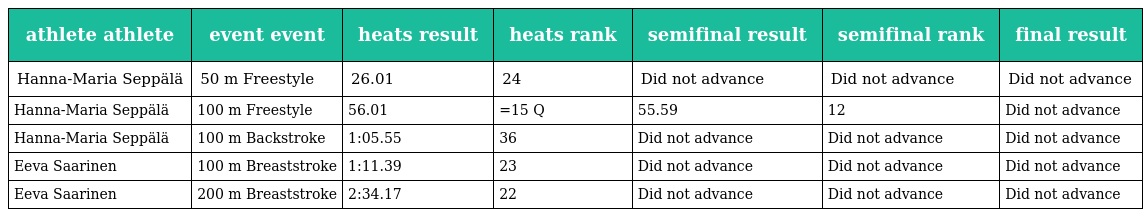
| athlete athlete | event event | heats result | heats rank | semifinal result | semifinal rank | final result |
 | --- | --- | --- | --- | --- | --- | --- |
 | Hanna-Maria Seppälä | 50 m Freestyle | 26.01 | 24 | Did not advance | Did not advance | Did not advance |
 | Hanna-Maria Seppälä | 100 m Freestyle | 56.01 | =15 Q | 55.59 | 12 | Did not advance |
 | Hanna-Maria Seppälä | 100 m Backstroke | 1:05.55 | 36 | Did not advance | Did not advance | Did not advance |
 | Eeva Saarinen | 100 m Breaststroke | 1:11.39 | 23 | Did not advance | Did not advance | Did not advance |
 | Eeva Saarinen | 200 m Breaststroke | 2:34.17 | 22 | Did not advance | Did not advance | Did not advance |